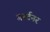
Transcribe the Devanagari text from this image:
गर्स्टनर